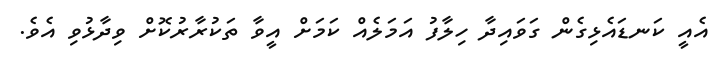
އެއީ ކަނޑައެޅިގެން ގަވައިދާ ހިލާފު އަމަލެއް ކަމަށް އީވާ ތަކުރާރުކޮށް ވިދާޅުވި އެވެ.